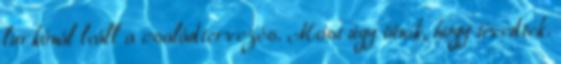
lurkónál leáll a családtervezés. Most úgy tűnik, hogy tévedtek.